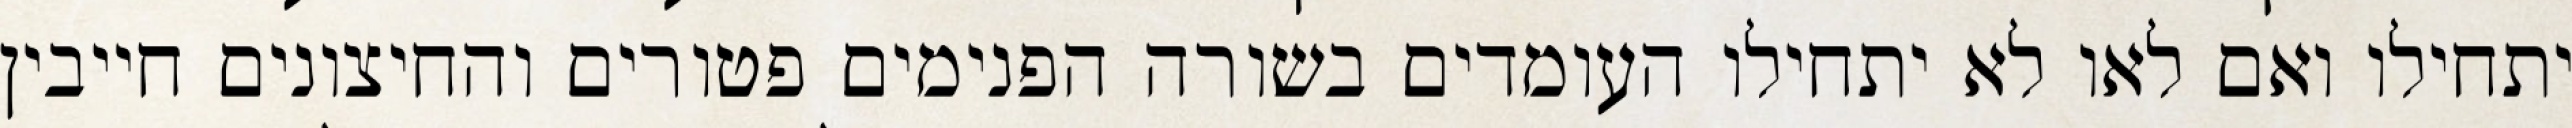
יתחילו ואם לאו לא יתחילו העומדים בשורה הפנימים פטורים והחיצונים חייבין